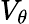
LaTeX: V_{\theta}